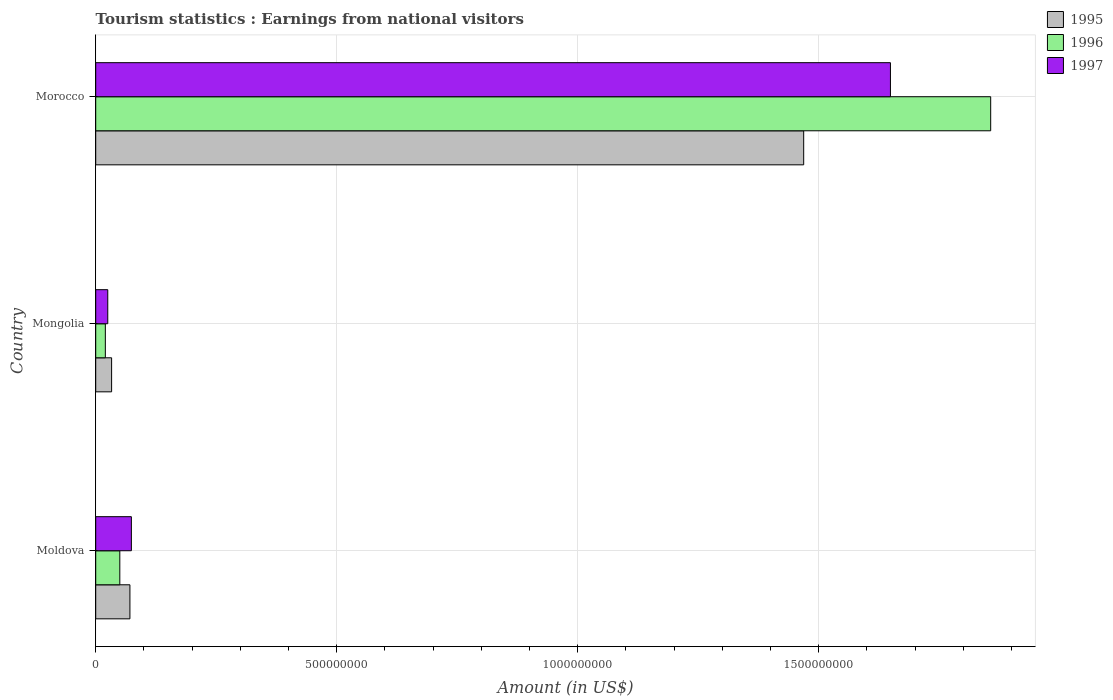
| Country | 1995 | 1996 | 1997 |
 | --- | --- | --- | --- |
 | Moldova | 7.1e+07 | 5e+07 | 7.4e+07 |
 | Mongolia | 3.3e+07 | 2e+07 | 2.5e+07 |
 | Morocco | 1.47e+09 | 1.86e+09 | 1.65e+09 |